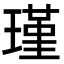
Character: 瑾